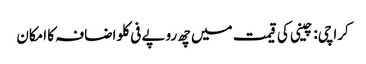
کراچی: چینی کی قیمت میں چھ روپے فی کلو اضافہ کا امکان